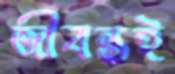
জীবন্তই